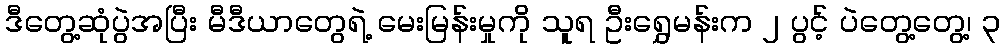
ဒီတွေ့ဆုံပွဲအပြီး မီဒီယာတွေရဲ့ မေးမြန်းမှုကို သူရ ဦးရွှေမန်းက ၂ ပွင့် ပဲတွေ့တွေ့၊ ၃